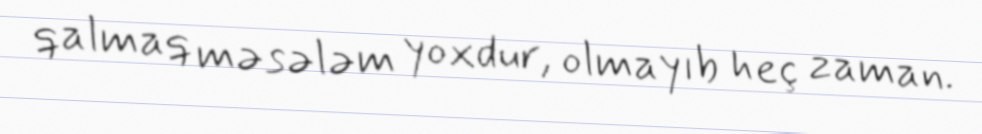
qalmaq məsələm yoxdur, olmayıb heç zaman.